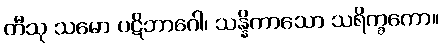
တီသု သမော ပဋိဘာဂေါ၊ သန္နိကာသော သရိက္ခကော။